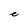
Character: e